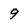
Character: 9